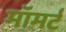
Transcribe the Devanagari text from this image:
मॉमर्ट